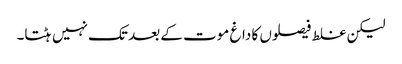
لیکن غلط فیصلوں کا داغ موت کے بعد تک نہیں ہٹتا۔